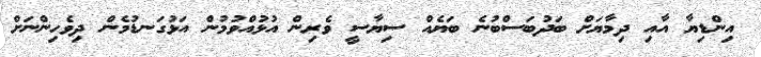
އިންޑިޔާ އާއި ދިމާޔަށް ބަދުބަސްބުނެ ބަޔެއް ސިޔާސީ ވެރިން އުޅުއްވުމުން އަޅުގަނޑުމެން ދިވެހިންނަށް